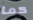
كما